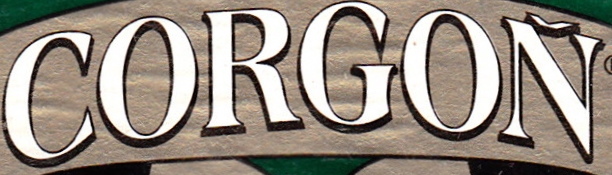
CORGON